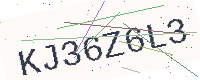
Text: KJ36Z6L3